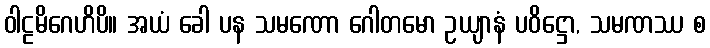
ဝါဠမိဂေဟိပိ။ အယံ ခေါ ပန သမဏော ဂေါတမော ဥယျာနံ ပဝိဋ္ဌော, သမဏဿ စ